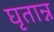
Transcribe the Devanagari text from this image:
घृतान्न